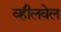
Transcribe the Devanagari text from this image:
व्हीलवेल